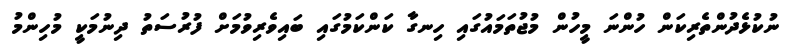
ނުކުޅެދުންތެރިކަން ހުންނަ މީހުން މުޖުތަމައުގައި ހިނގާ ކަންކަމުގައި ބައިވެރިވުމަށް ފުރުސަތު ދިނުމަކީ މުހިންމު